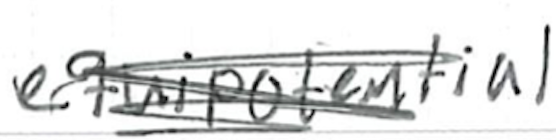
Text: equipotential
Cross-out: scratch
Writing tool: ballpoint